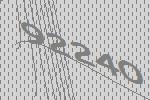
92240